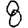
Digit: 8